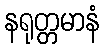
နရုတ္တမာနံ